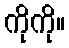
ကိုကို။